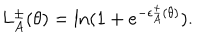
LaTeX: L _ { A } ^ { \pm } ( \theta ) = \ln ( 1 + e ^ { - \epsilon _ { A } ^ { \pm } ( \theta ) } ) .